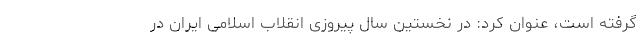
گرفته است، عنوان کرد: در نخستین سال پیروزی انقلاب اسلامی ایران در